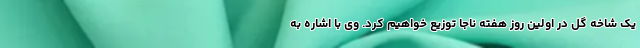
یک شاخه گل در اولین روز هفته ناجا توزیع خواهیم کرد. وی با اشاره به